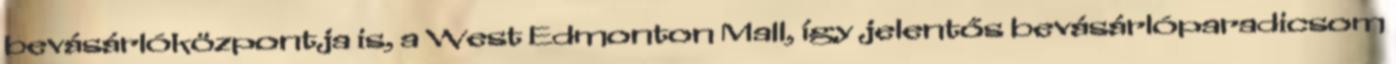
bevásárlóközpontja is, a West Edmonton Mall, így jelentős bevásárlóparadicsom